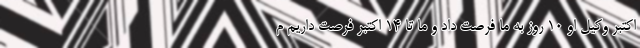
اکتبر وکیل او 10 روز به ما فرصت داد و ما تا 14 اکتبر فرصت داریم م